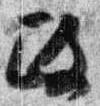
政